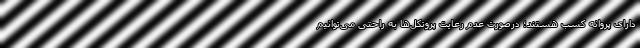
دارای پروانه کسب هستند؛ درصورت عدم رعایت پروتکل‌ها به راحتی می‌توانیم